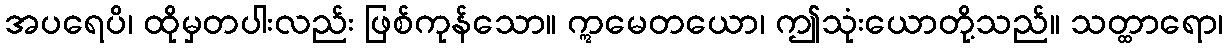
အပရေပိ၊ ထိုမှတပါးလည်း ဖြစ်ကုန်သော။ ဣမေတယော၊ ဤသုံးယောတို့သည်။ သတ္ထာရော၊